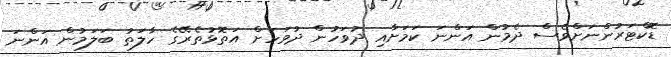
ޑޮކްޓަރުންނަށްވެސް ދެމުން އަންނަ ކަމަށާއި ދުވަހުން ދުވަހަށް އަތޮޅުތެރޭގެ ހާލަތު ބަލަމުން އަންނަ